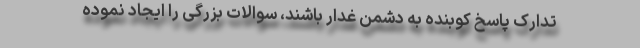
تدارک پاسخ کوبنده به دشمن غدار باشند، سوالات بزرگی را ایجاد نموده